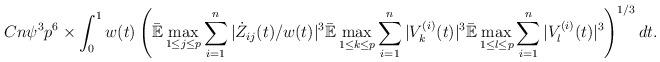
LaTeX: \begin{align*}Cn \psi^3 p^6 \times \int_0^1 w(t) \left( \mathbb{\bar{E}} \max_{1 \leq j \leq p} \sum_{i=1}^n |\dot{Z}_{ij}(t)/w(t)|^3 \mathbb{\bar{E}} \max_{1 \leq k \leq p} \sum_{i=1}^n|V_k^{(i)}(t)|^3 \mathbb{\bar{E}} \max_{1 \leq l \leq p} \sum_{i=1}^n |V_l^{(i)}(t)|^3 \right)^{1/3} dt.\end{align*}